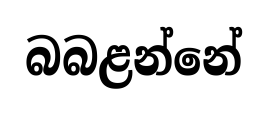
බබළන්නේ